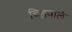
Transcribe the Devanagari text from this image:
चिह्रवाले